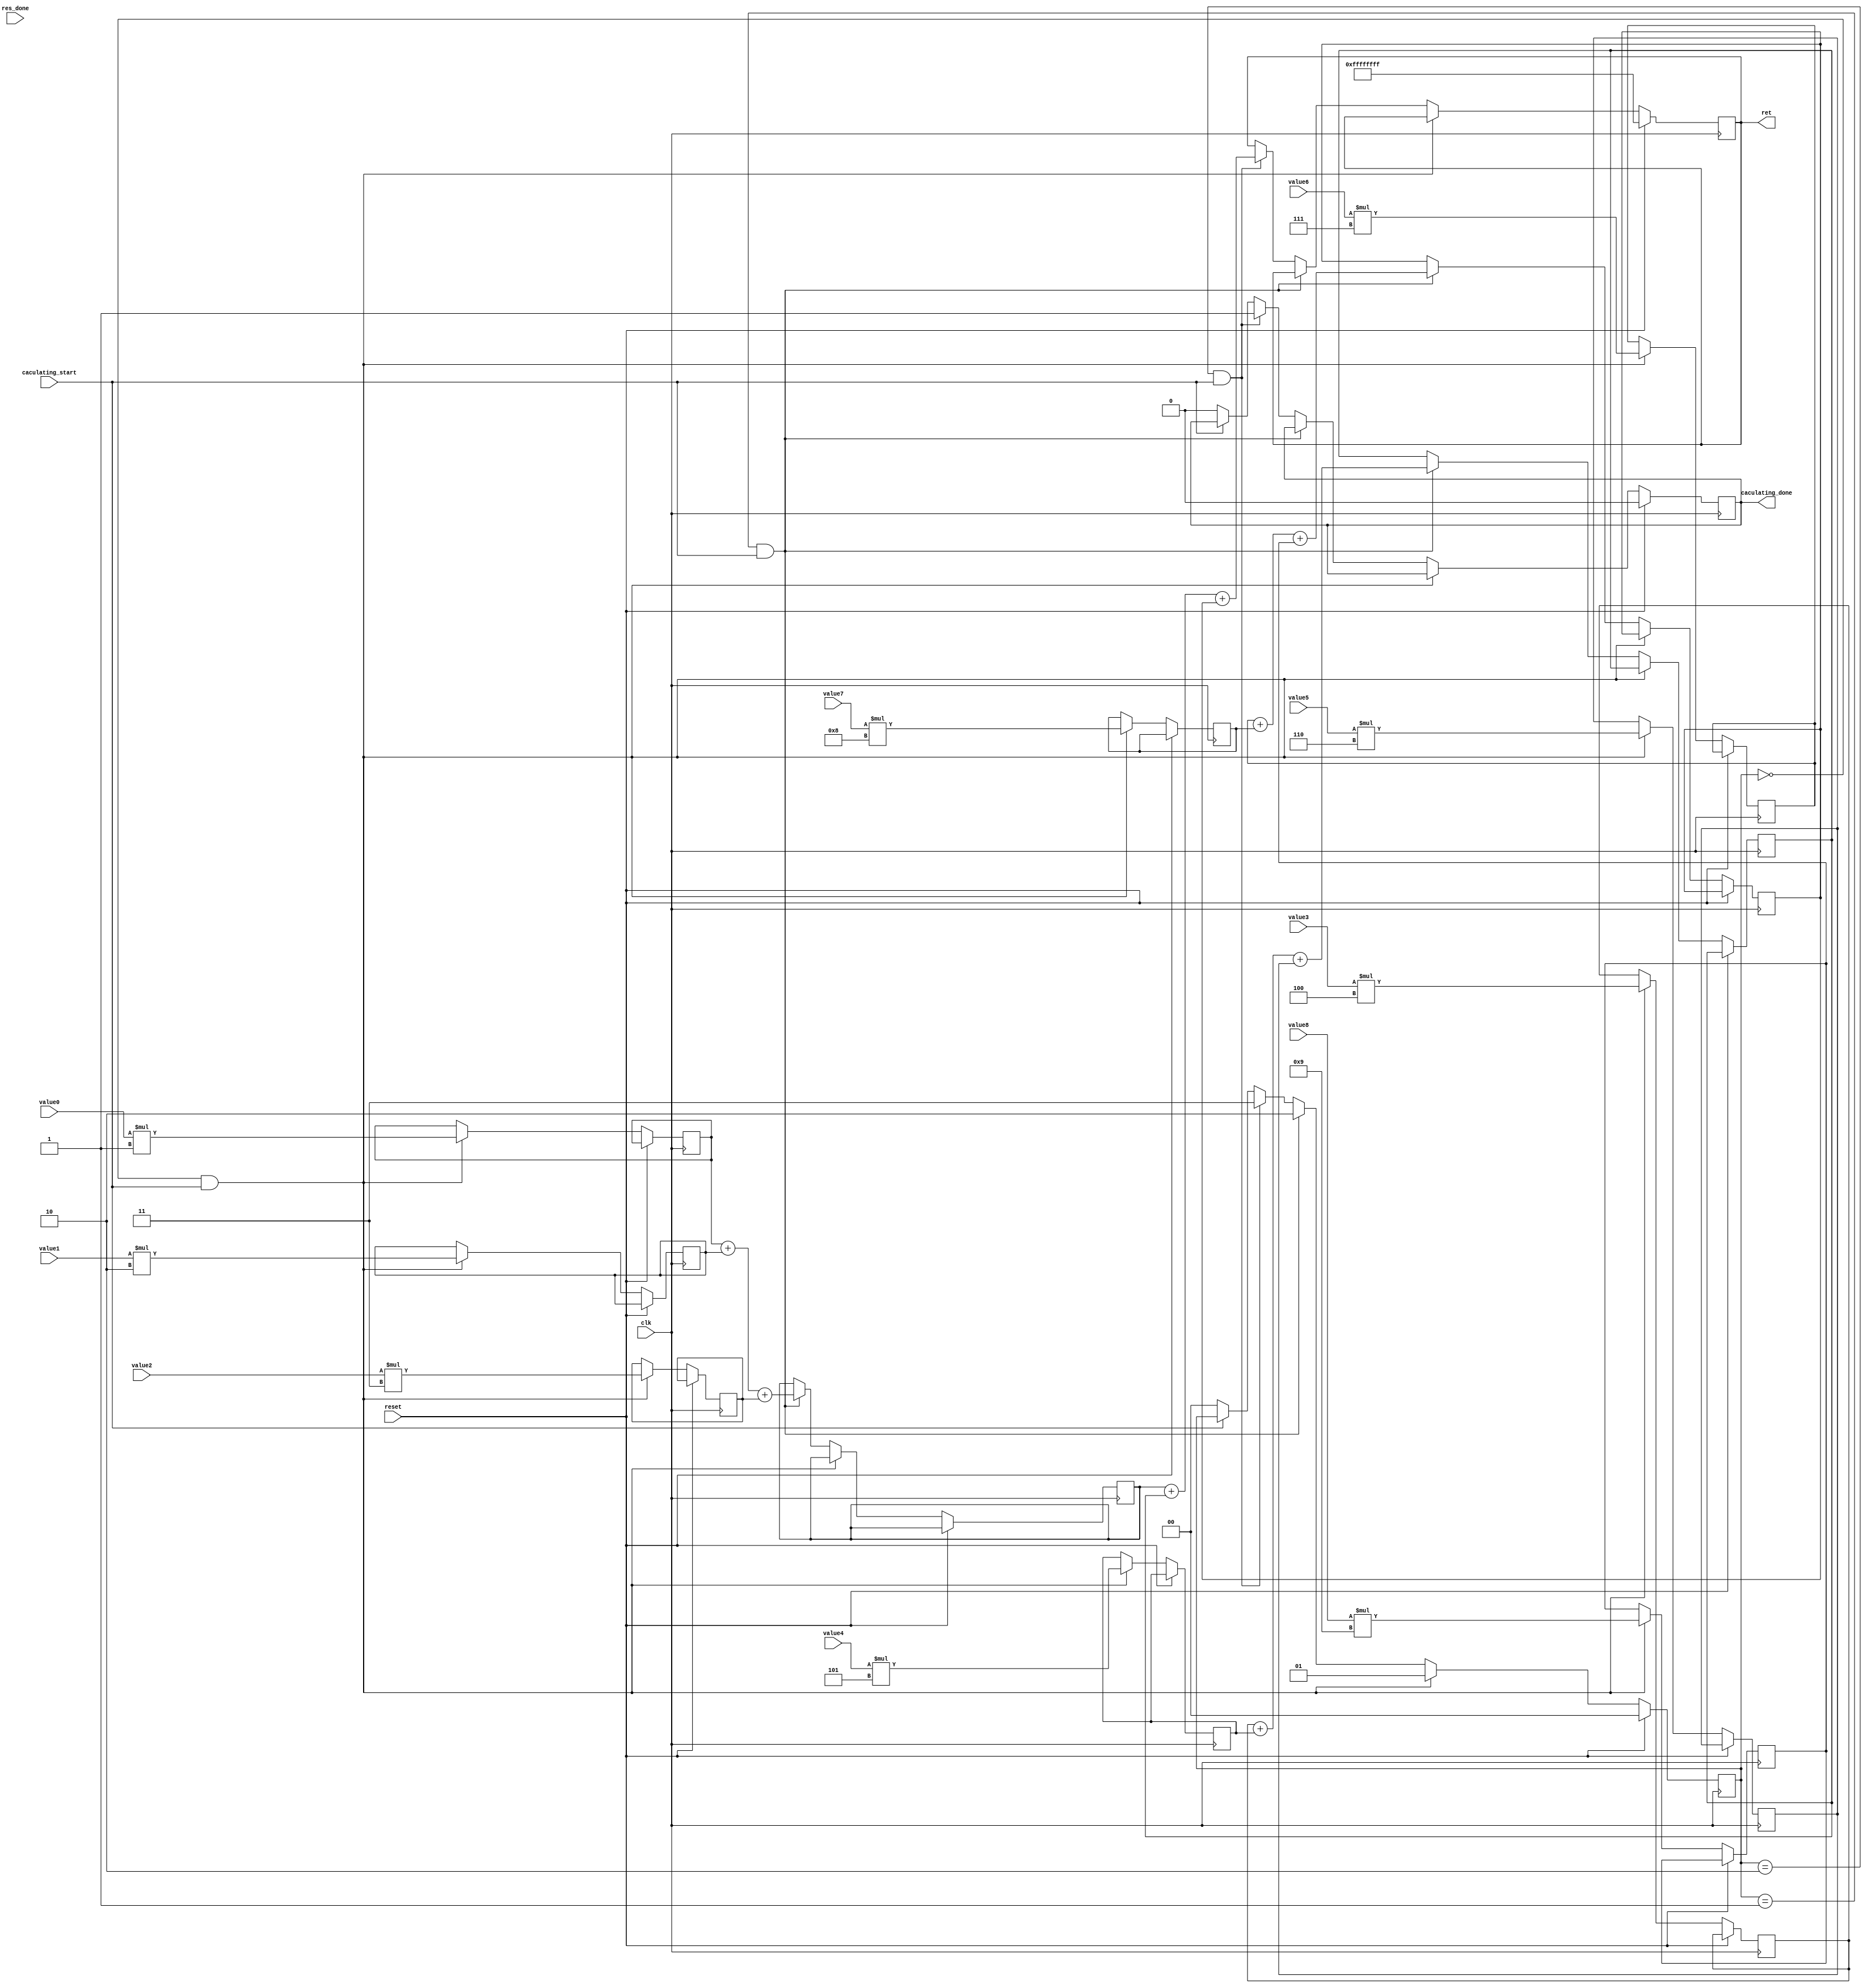
module convolution_core (
input clk,
input reset,
input [31:0] value0,
input [31:0] value1,
input [31:0] value2,
input [31:0] value3,
input [31:0] value4,
input [31:0] value5,
input [31:0] value6,
input [31:0] value7,
input [31:0] value8,
input caculating_start,
output reg caculating_done,
input res_done,
output reg [31:0] ret
);

	parameter kernel0 = 8'd1;
	parameter kernel1 = 8'd2;
	parameter kernel2 = 8'd3;
	parameter kernel3 = 8'd4;
	parameter kernel4 = 8'd5;
	parameter kernel5 = 8'd6;
	parameter kernel6 = 8'd7;
	parameter kernel7 = 8'd8;
	parameter kernel8 = 8'd9;
	
	reg [31:0] Add0,Add1,Add2,Add3,Add4,Add5,Add6,Add7,Add8;

	
	reg [1:0] status;
	
	reg [31:0] reg_31, reg_32, reg_33;
	
	always @(posedge clk) begin
		if (reset) begin
			status <= 2'b00;
			ret <= 32'hffffffff;
			caculating_done <= 1'b0;
		end else if (status == 2'b00 && caculating_start) begin
			Add0 <= value0 * kernel0;
			Add1 <= value1 * kernel1;
			Add2 <= value2 * kernel2;
			Add3 <= value3 * kernel3;
			Add4 <= value4 * kernel4;
			Add5 <= value5 * kernel5;
			Add6 <= value6 * kernel6;
			Add7 <= value7 * kernel7;
			Add8 <= value8 * kernel8;
			status <= 1'b01;
		end else if (status == 2'b01 && caculating_start) begin
//			ret <= Add0+Add1+Add2+Add3+Add4+Add5+Add6+Add7+Add8;
			reg_31 <= Add0+Add1+Add2;
			reg_32 <= Add3+Add4+Add5;
			reg_33 <= Add6+Add7+Add8;
			status <= 2'b10;
		end else if (status == 2'b10 && caculating_start) begin
			ret <= reg_31 + reg_32 + reg_33;
			status <= 2'b11; // stop caculation
			caculating_done <= 1'b1;
		end else  if (caculating_start == 1'b0)begin
			caculating_done <= 1'b0;
			status <= 2'b00;

		end
	end 

endmodule